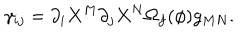
{ \gamma _ { i j } = \partial _ { i } X ^ { M } \partial _ { j } X ^ { N } \Omega _ { f } ( \phi ) g _ { M N } . }